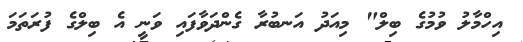
އިހްމާލު ވުމުގެ ބިލް" މިއަދު އަނބުރާ ގެންދަވާފައި ވަނީ އެ ބިލްގެ ފުރަތަމަ